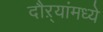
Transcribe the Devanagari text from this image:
दौऱ्यांमध्ये